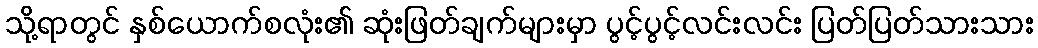
သို့ရာတွင် နှစ်ယောက်စလုံး၏ ဆုံးဖြတ်ချက်များမှာ ပွင့်ပွင့်လင်းလင်း ပြတ်ပြတ်သားသား